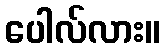
ပေါလ်လား။